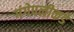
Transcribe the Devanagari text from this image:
गंगेपलीकडे